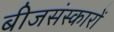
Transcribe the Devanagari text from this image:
बीजसंस्कारों